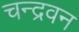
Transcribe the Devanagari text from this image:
चन्द्रवन